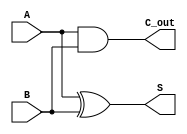
module Carry_Lookahead_Half_Adder (
    input wire A,        // First operand
    input wire B,        // Second operand
    output wire S,       // Sum output
    output wire C_out    // Carry output
);

// Generate and propagate signals
wire G = A & B;        // Generate signal
wire P = A ^ B;        // Propagate signal

// Sum calculation
assign S = P;          // S = A XOR B

// Carry-out calculation (C_out = G)
assign C_out = G;      // Carry-out is equal to Generate

endmodule